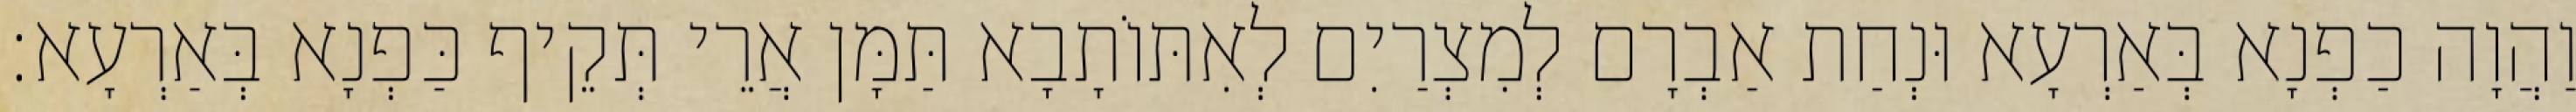
וַהֲוָה כַפְנָא בְּאַרְעָא וּנְחַת אַבְרָם לְמִצְרַיִם לְאִתּוֹתָבָא תַּמָּן אֲרֵי תְּקֵיף כַּפְנָא בְּאַרְעָא׃